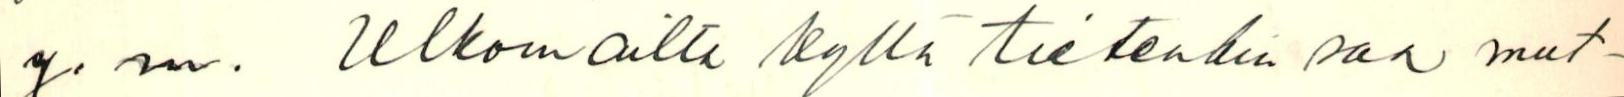
y.m. Ulkomailta kyllä tietenkin saa mut-